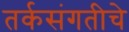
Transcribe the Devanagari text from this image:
तर्कसंगतीचे